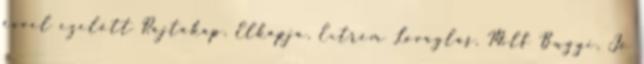
évvel ezelőtt Rajtakap, Elkapja, Extrém Lovaglás, Milf Bugyi, Jó